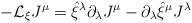
LaTeX: \begin{align*}-{\cal L}_{\xi} J^{\mu} = \hat \xi^{\lambda} \partial_{\lambda} J^{\mu} -\partial_\lambda \hat \xi^\mu J^{\lambda } \end{align*}